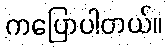
ကပြောပါတယ်။